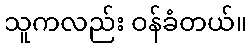
သူကလည်း ဝန်ခံတယ်။